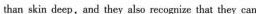
than skin deep,and they also recogaixe that they can